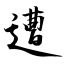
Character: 遭